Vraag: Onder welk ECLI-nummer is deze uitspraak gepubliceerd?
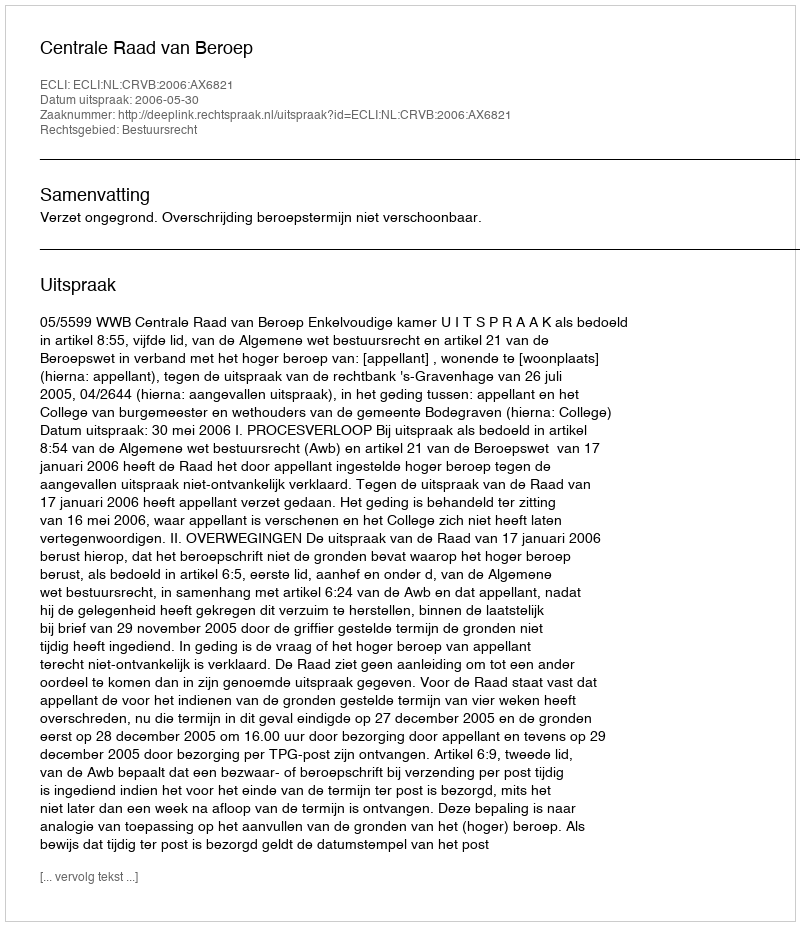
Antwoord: ECLI:NL:CRVB:2006:AX6821